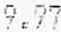
9.97